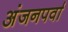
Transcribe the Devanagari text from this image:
अंजनपर्वा